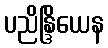
ပညိန္ဒြိယေန